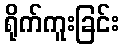
ရိုက်ကူးခြင်း